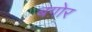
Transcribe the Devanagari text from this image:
बग़ोर